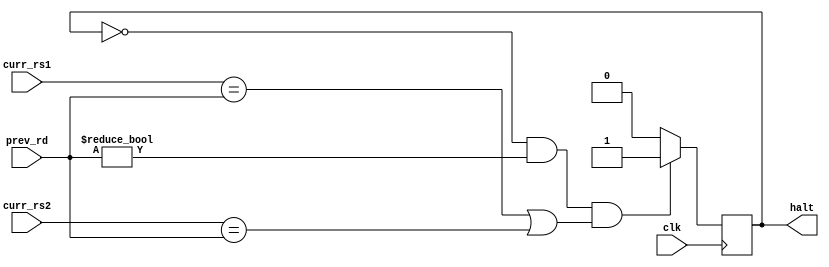
module HALTCtrl(
	input wire clk,
	input wire [4:0] curr_rs1,
	input wire [4:0] curr_rs2,
	input wire [4:0] prev_rd,
	
	output reg halt = 0
);



	always @(posedge clk) begin
		halt <= 0;
		
		// Si ya esta halteado, no halteo de vuelta, dejo pasar la operacion
		if (!halt && prev_rd != 0 && (curr_rs1 == prev_rd || curr_rs2 == prev_rd)) begin
			halt <= 1;
		end
	end
	
	
	
endmodule